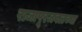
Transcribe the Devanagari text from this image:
राजापूरजवळच्या